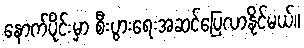
နောက်ပိုင်းမှာ စီးပွားရေးအဆင်ပြေလာနိုင်မယ်။